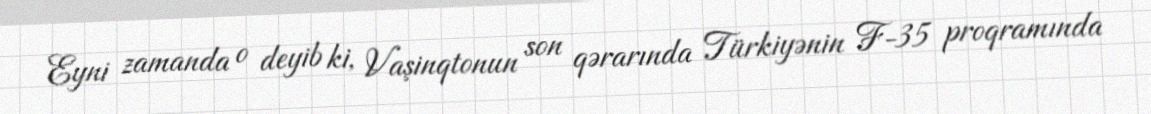
Eyni zamanda o deyib ki, Vaşinqtonun son qərarında Türkiyənin F-35 proqramında